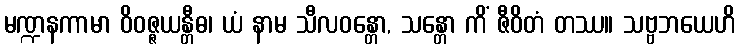
မဏ္ဍနကာမာ ဝိဝဇ္ဇယန္တီဓ၊ ယံ နာမ သီလဝန္တော, သန္တော ကိံ ဇီဝိတံ တဿ။ သဗ္ဗဘယေဟိ